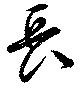
長